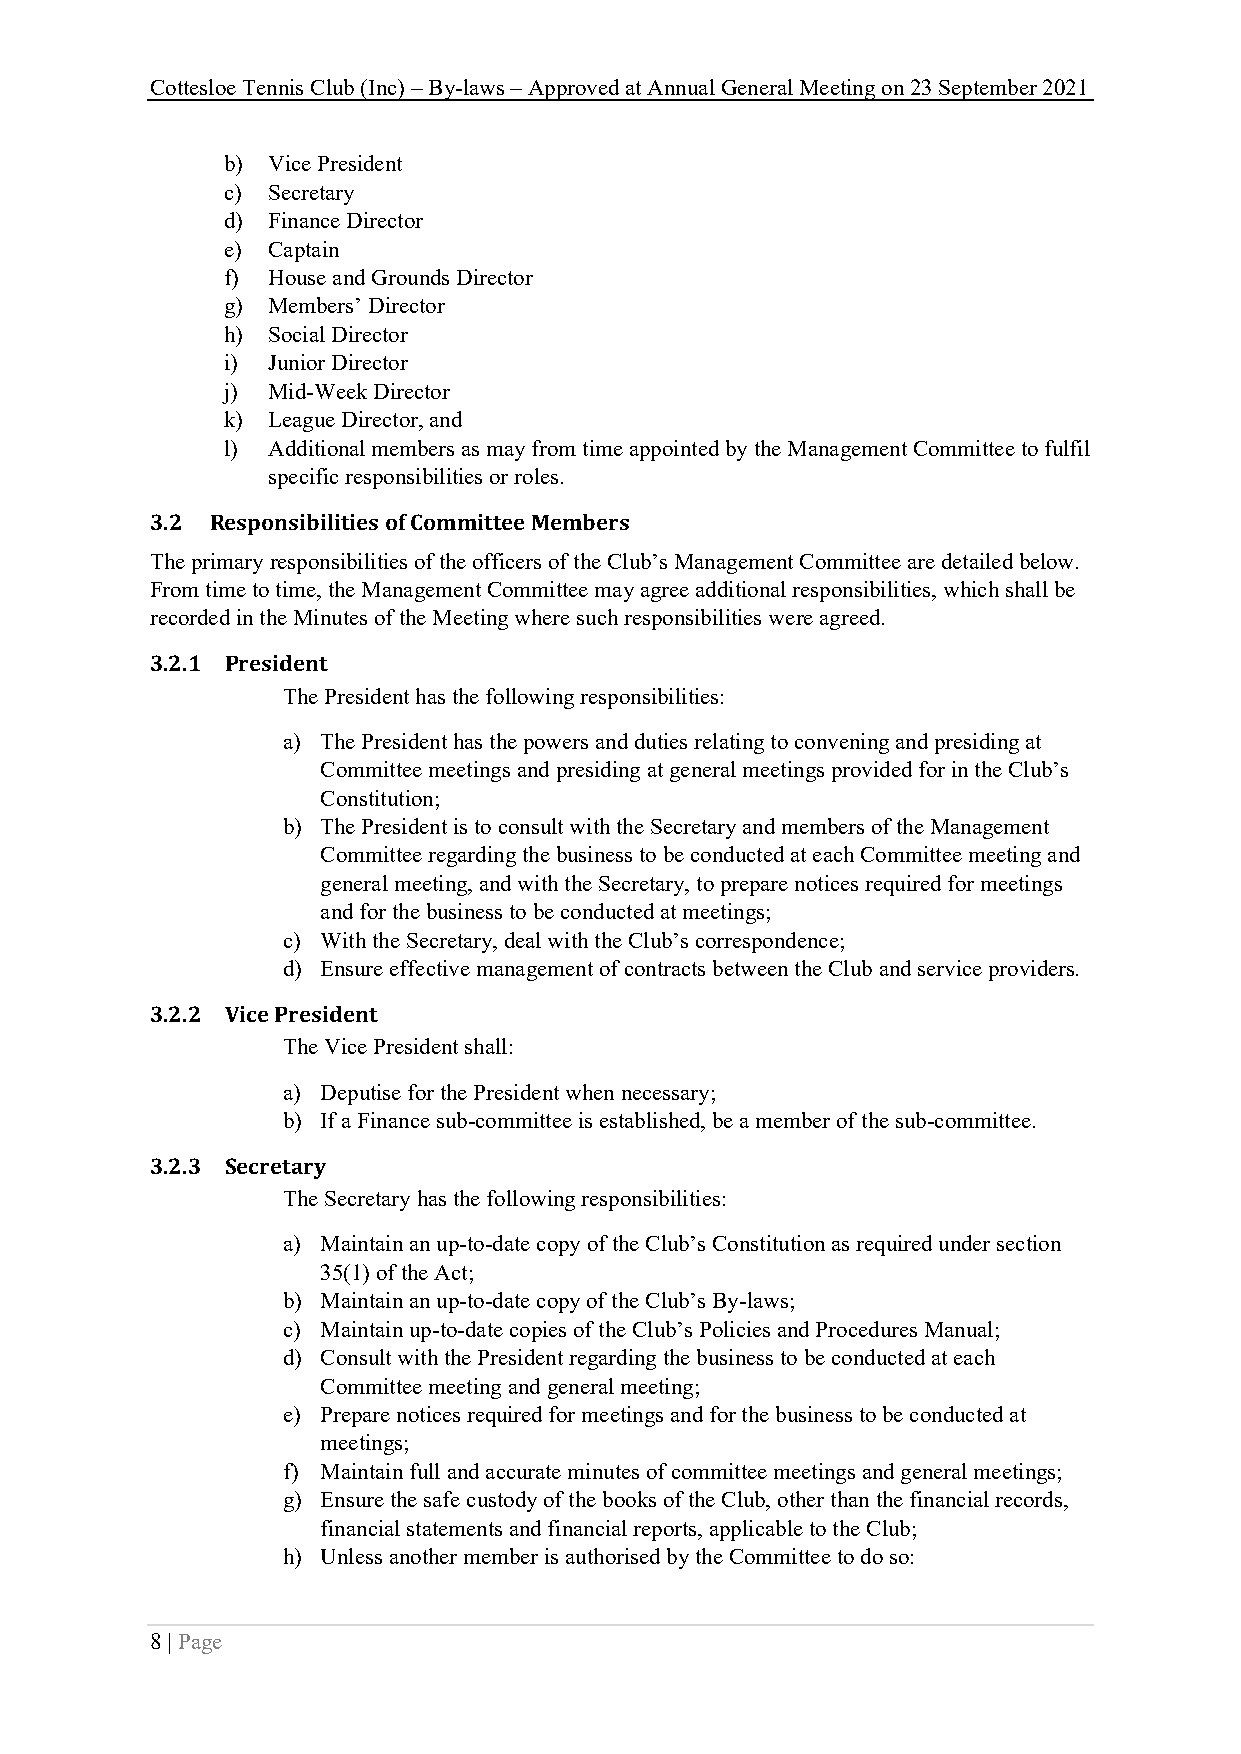
Cottesloe Tennis Club (Inc) – By-laws – Approved at Annual General Meeting on 23 September 2021
 b) Vice President
 c) Secretary
 d) Finance Director
 e) Captain
 f) House and Grounds Director
 g) Members’ Director
 h) Social Director
 i) Junior Director
 j) Mid-Week Director
 k) League Director, and
 l) Additional members as may from time appointed by the Management Committee to fulfil
 specific responsibilities or roles.
 3.2 Responsibilities of Committee Members
 The primary responsibilities of the officers of the Club’s Management Committee are detailed below.
 From time to time, the Management Committee may agree additional responsibilities, which shall be
 recorded in the Minutes of the Meeting where such responsibilities were agreed.
 3.2.1 President
 The President has the following responsibilities:
 a) The President has the powers and duties relating to convening and presiding at
 Committee meetings and presiding at general meetings provided for in the Club’s
 Constitution;
 b) The President is to consult with the Secretary and members of the Management
 Committee regarding the business to be conducted at each Committee meeting and
 general meeting, and with the Secretary, to prepare notices required for meetings
 and for the business to be conducted at meetings;
 c) With the Secretary, deal with the Club’s correspondence;
 d) Ensure effective management of contracts between the Club and service providers.
 3.2.2 Vice President
 The Vice President shall:
 a) Deputise for the President when necessary;
 b) If a Finance sub-committee is established, be a member of the sub-committee.
 3.2.3 Secretary
 The Secretary has the following responsibilities:
 a) Maintain an up-to-date copy of the Club’s Constitution as required under section
 35(1) of the Act;
 b) Maintain an up-to-date copy of the Club’s By-laws;
 c) Maintain up-to-date copies of the Club’s Policies and Procedures Manual;
 d) Consult with the President regarding the business to be conducted at each
 Committee meeting and general meeting;
 e) Prepare notices required for meetings and for the business to be conducted at
 meetings;
 f) Maintain full and accurate minutes of committee meetings and general meetings;
 g) Ensure the safe custody of the books of the Club, other than the financial records,
 financial statements and financial reports, applicable to the Club;
 h) Unless another member is authorised by the Committee to do so:
 8 | Page